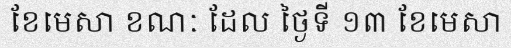
ខែមេសា ខណៈ ដែល ថ្ងៃទី ១៣ ខែមេសា